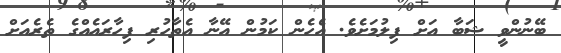
ބޭނުންވީ ޝަބާ އަށް ފިލުމަށެވެ. އެހެން ކަމުން އޭނާ އެތާހުރި ފިހާރައެއްގެ ތެރެއަށް